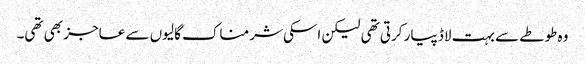
وہ طوطے سے بہت لاڈ پیار کرتی تھی لیکن اسکی شرمناک گالیوں سے عاجز بھی تھی۔